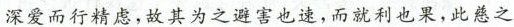
深爱而行精虑，故其为之避害也速，而就利也果，此慈之